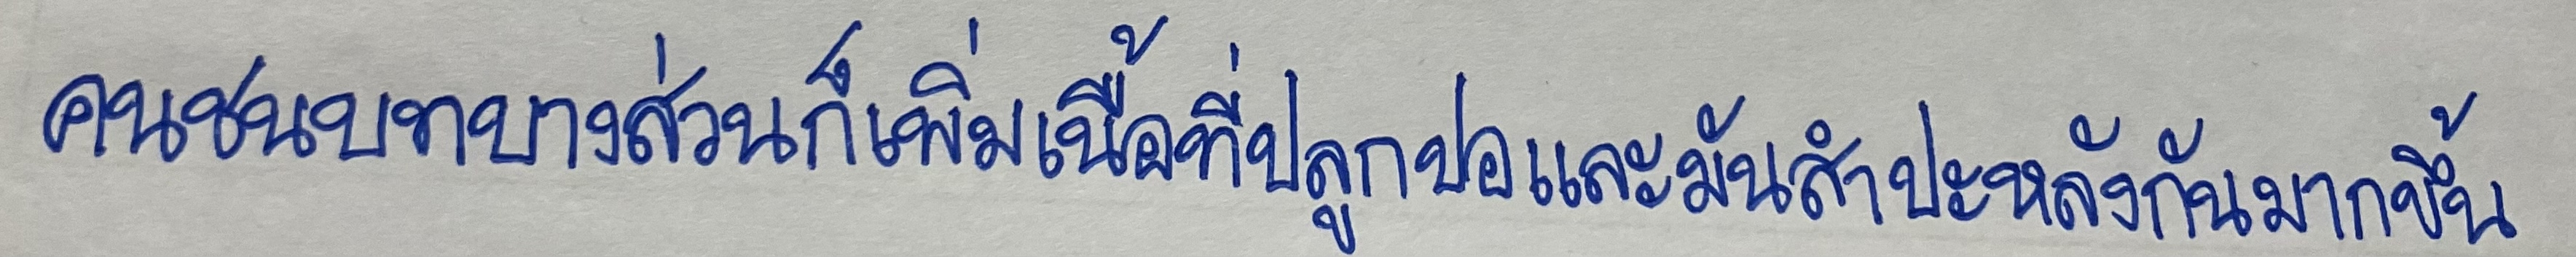
คนชนบทบางส่วนก็เพิ่มเนื้อที่ปลูกปอและมันสำปะหลังกันมากขึ้น